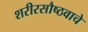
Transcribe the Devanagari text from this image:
शरीरसौष्ठवाचे